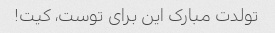
تولدت مبارک این برای توست، کیت!